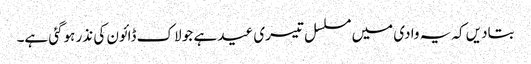
بتادیں کہ یہ وادی میں مسلسل تیسری عید ہے جو لاک ڈائون کی نذر ہوگئی ہے۔